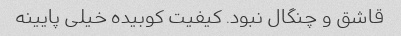
قاشق و چنگال نبود. کیفیت کوبیده خیلی پایینه